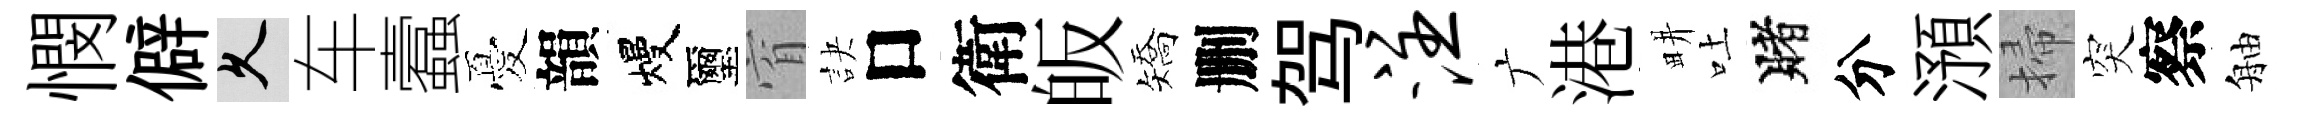
憫僻久车蠧憂韻熳璽窅訣口衛皈矯删驾注广港畊吐賭分澦掃突察舳